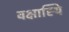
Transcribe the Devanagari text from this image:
वक्षास्थि